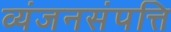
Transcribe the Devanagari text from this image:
व्यंजनसंपत्ति